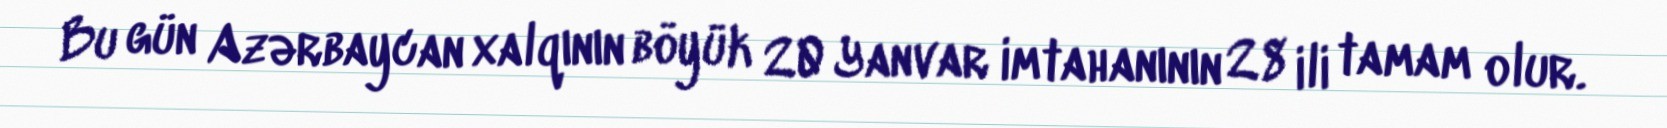
Bu gün Azərbaycan xalqının böyük 20 Yanvar imtahanının 28 ili tamam olur.